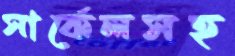
সার্কেলসহ